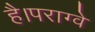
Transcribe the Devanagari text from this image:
है।पराग्वे